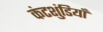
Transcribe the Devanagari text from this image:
कंटशुंडियाँ